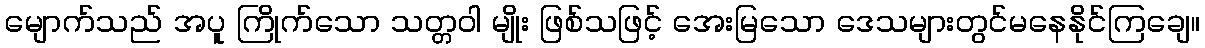
မျောက်သည် အပူ ကြိုက်သော သတ္တဝါ မျိုး ဖြစ်သဖြင့် အေးမြသော ဒေသများတွင်မနေနိုင်ကြချေ။